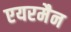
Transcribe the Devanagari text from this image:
एयरमैन